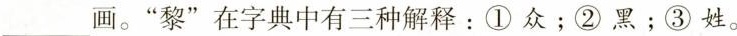
___画。”黎”在字典中有三种解释：①众；②黑；③姓。